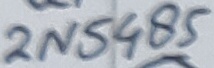
Text: 2N5485